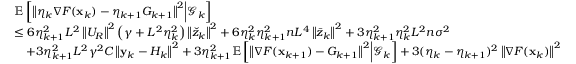
\begin{array} { r l } & { \mathbb { E } \left[ \left\Vert \eta _ { k } \nabla F ( \mathbf { x } _ { k } ) - \eta _ { k + 1 } G _ { k + 1 } \right\Vert ^ { 2 } \middle | \mathcal { G } _ { k } \right] } \\ & { \leq 6 \eta _ { k + 1 } ^ { 2 } L ^ { 2 } \left\Vert U _ { R } \right\Vert ^ { 2 } \left( \gamma + L ^ { 2 } \eta _ { k } ^ { 2 } \right) \left\Vert \check { z } _ { k } \right\Vert ^ { 2 } + 6 \eta _ { k } ^ { 2 } \eta _ { k + 1 } ^ { 2 } n L ^ { 4 } \left\Vert \bar { z } _ { k } \right\Vert ^ { 2 } + 3 \eta _ { k + 1 } ^ { 2 } \eta _ { k } ^ { 2 } L ^ { 2 } n \sigma ^ { 2 } } \\ & { \quad + 3 \eta _ { k + 1 } ^ { 2 } L ^ { 2 } \gamma ^ { 2 } C \left\Vert \mathbf { y } _ { k } - H _ { k } \right\Vert ^ { 2 } + 3 \eta _ { k + 1 } ^ { 2 } \mathbb { E } \left[ \left\Vert \nabla F ( \mathbf { x } _ { k + 1 } ) - G _ { k + 1 } \right\Vert ^ { 2 } \middle | \mathcal { G } _ { k } \right] + 3 ( \eta _ { k } - \eta _ { k + 1 } ) ^ { 2 } \left\Vert \nabla F ( \mathbf { x } _ { k } ) \right\Vert ^ { 2 } } \end{array}